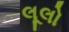
લૂલો